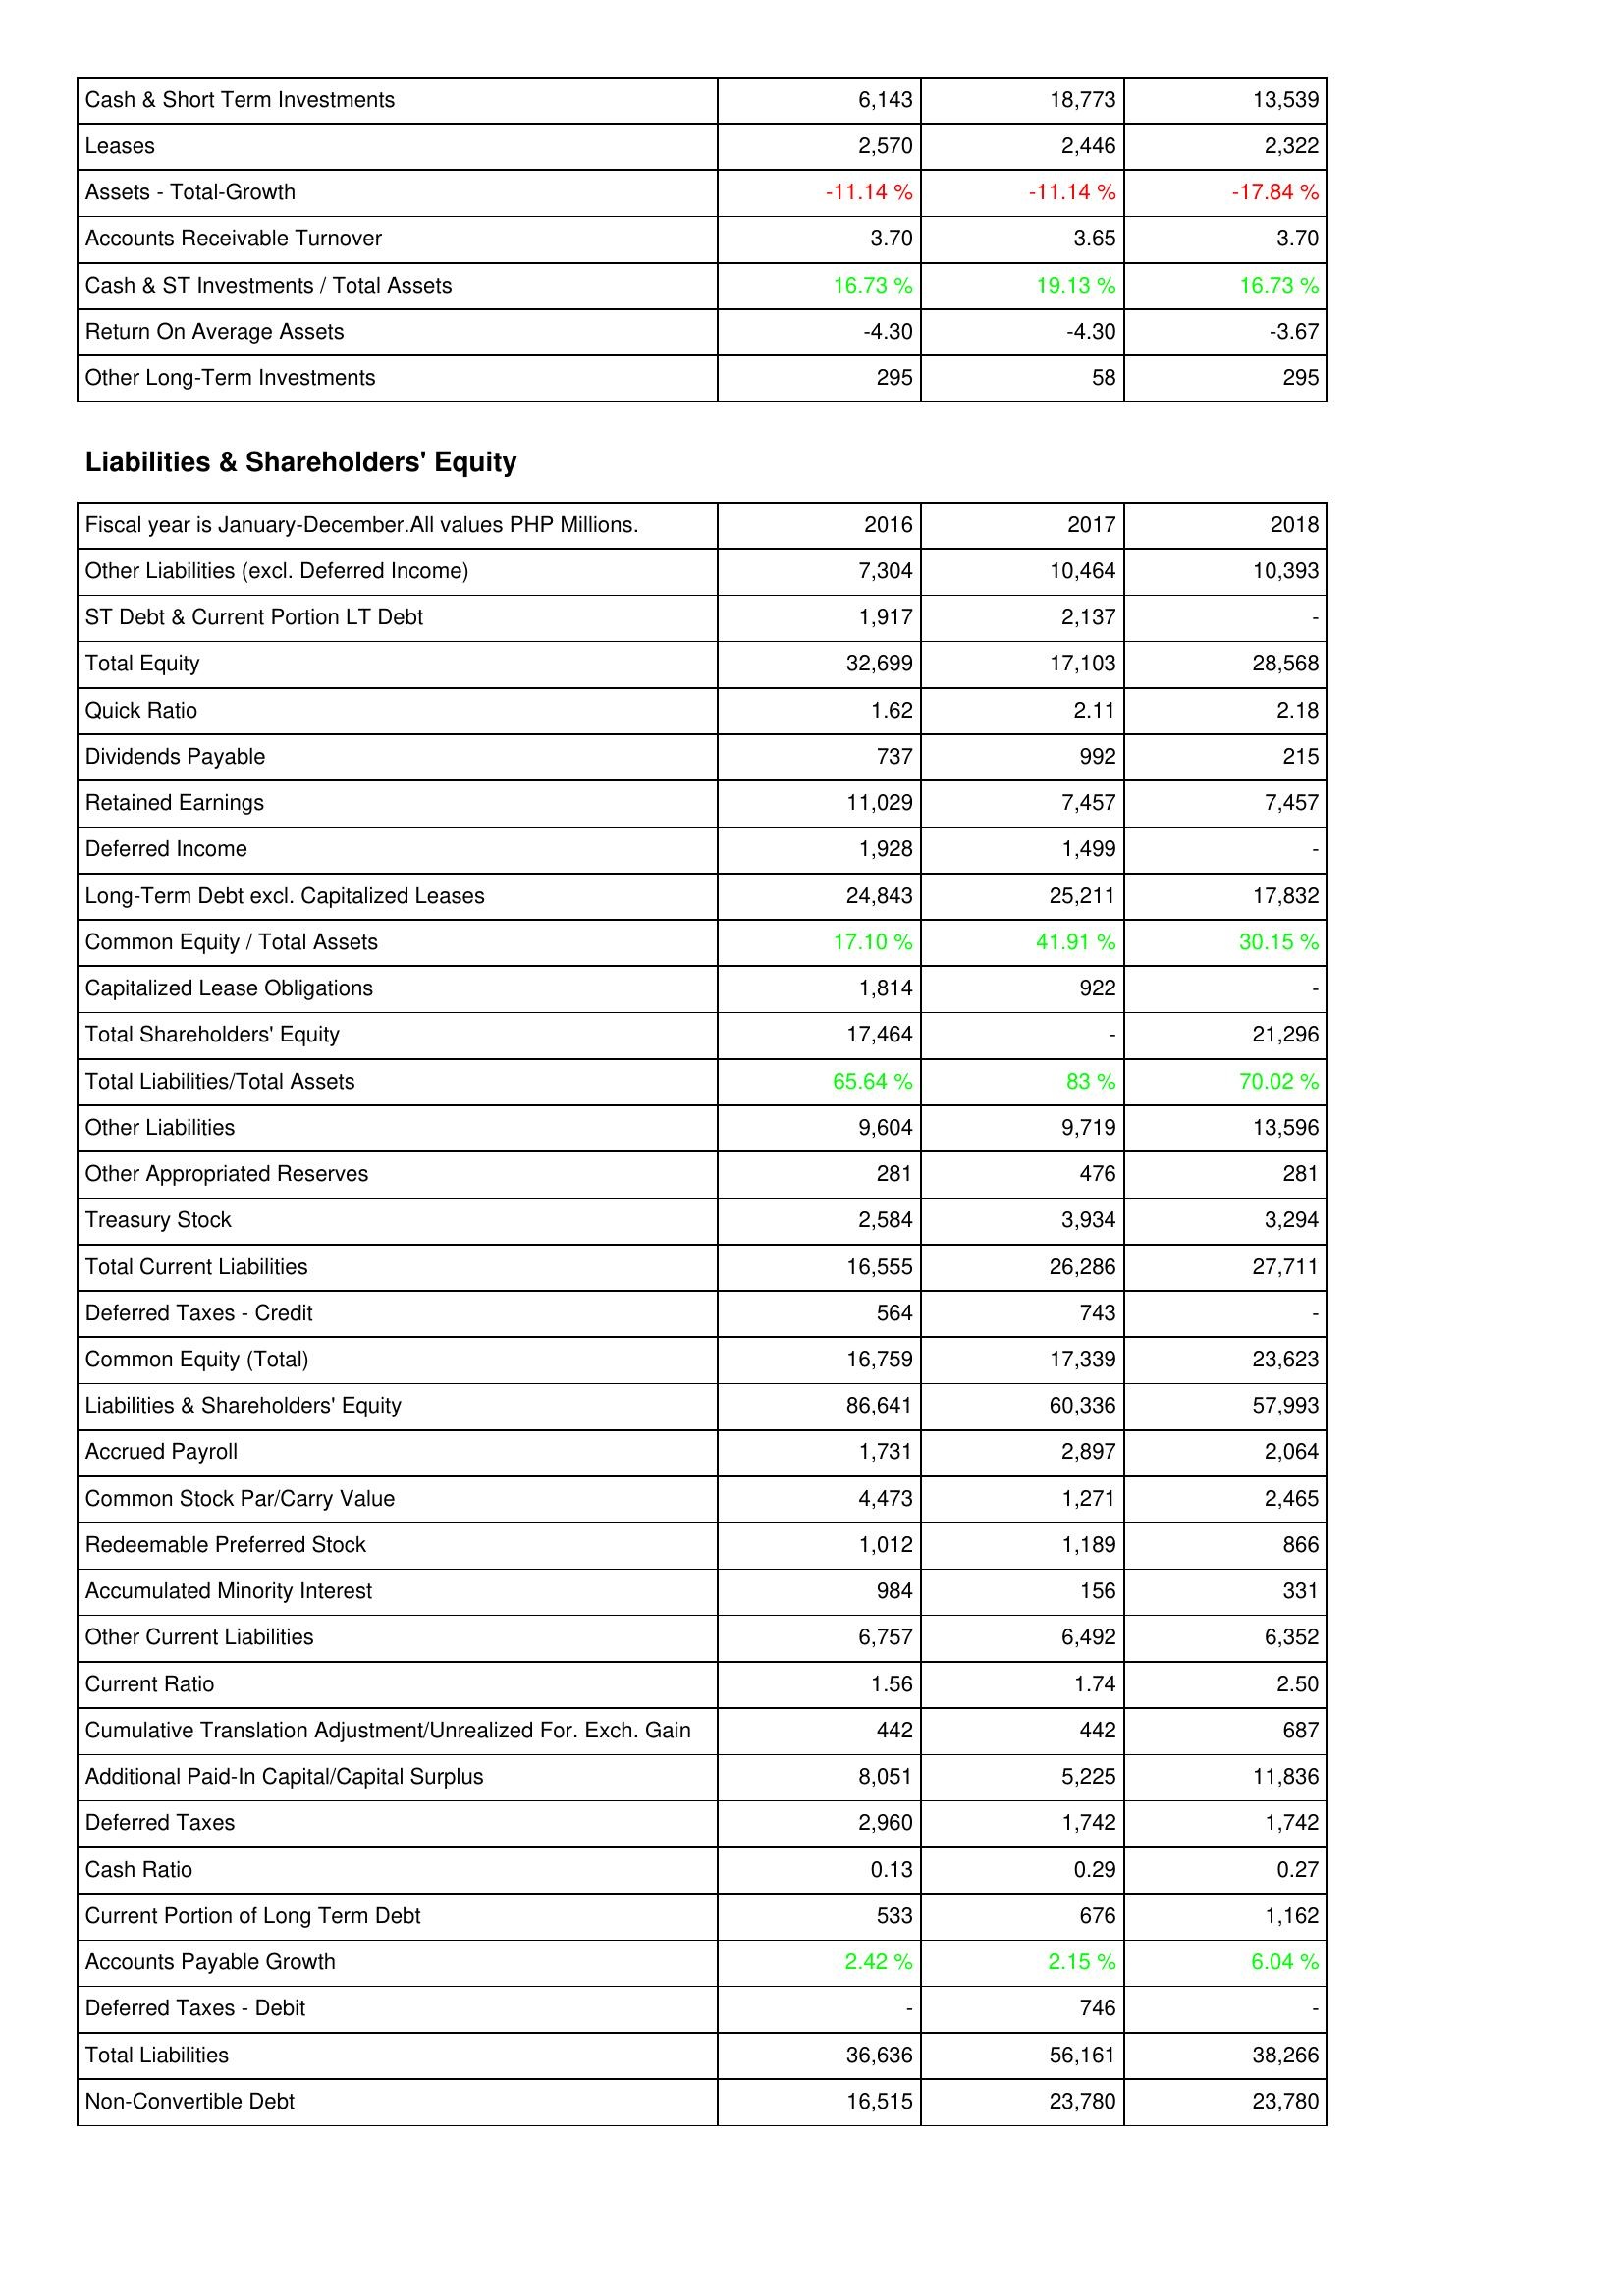
2016: Assets: Cash & Short Term Investments: 6,143
Leases: 2,570
Assets - Total-Growth: -11.14 %
Accounts Receivable Turnover: 3.70
Cash & ST Investments / Total Assets: 16.73 %
Return On Average Assets: -4.30
Other Long-Term Investments: 295
Liabilities & Shareholders' Equity: Other Liabilities (excl. Deferred Income): 7,304
ST Debt & Current Portion LT Debt: 1,917
Total Equity: 32,699
Quick Ratio: 1.62
Dividends Payable: 737
Retained Earnings: 11,029
Deferred Income: 1,928
Long-Term Debt excl. Capitalized Leases: 24,843
Common Equity / Total Assets: 17.10 %
Capitalized Lease Obligations: 1,814
Total Shareholders' Equity: 17,464
Total Liabilities/Total Assets: 65.64 %
Other Liabilities: 9,604
Other Appropriated Reserves: 281
Treasury Stock: 2,584
Total Current Liabilities: 16,555
Deferred Taxes - Credit: 564
Common Equity (Total): 16,759
Liabilities & Shareholders' Equity: 86,641
Accrued Payroll: 1,731
Common Stock Par/Carry Value: 4,473
Redeemable Preferred Stock: 1,012
Accumulated Minority Interest: 984
Other Current Liabilities: 6,757
Current Ratio: 1.56
Cumulative Translation Adjustment/Unrealized For. Exch. Gain: 442
Additional Paid-In Capital/Capital Surplus: 8,051
Deferred Taxes: 2,960
Cash Ratio: 0.13
Current Portion of Long Term Debt: 533
Accounts Payable Growth: 2.42 %
Deferred Taxes - Debit: -
Total Liabilities: 36,636
Non-Convertible Debt: 16,515
2017: Assets: Cash & Short Term Investments: 18,773
Leases: 2,446
Assets - Total-Growth: -11.14 %
Accounts Receivable Turnover: 3.65
Cash & ST Investments / Total Assets: 19.13 %
Return On Average Assets: -4.30
Other Long-Term Investments: 58
Liabilities & Shareholders' Equity: Other Liabilities (excl. Deferred Income): 10,464
ST Debt & Current Portion LT Debt: 2,137
Total Equity: 17,103
Quick Ratio: 2.11
Dividends Payable: 992
Retained Earnings: 7,457
Deferred Income: 1,499
Long-Term Debt excl. Capitalized Leases: 25,211
Common Equity / Total Assets: 41.91 %
Capitalized Lease Obligations: 922
Total Shareholders' Equity: -
Total Liabilities/Total Assets: 83 %
Other Liabilities: 9,719
Other Appropriated Reserves: 476
Treasury Stock: 3,934
Total Current Liabilities: 26,286
Deferred Taxes - Credit: 743
Common Equity (Total): 17,339
Liabilities & Shareholders' Equity: 60,336
Accrued Payroll: 2,897
Common Stock Par/Carry Value: 1,271
Redeemable Preferred Stock: 1,189
Accumulated Minority Interest: 156
Other Current Liabilities: 6,492
Current Ratio: 1.74
Cumulative Translation Adjustment/Unrealized For. Exch. Gain: 442
Additional Paid-In Capital/Capital Surplus: 5,225
Deferred Taxes: 1,742
Cash Ratio: 0.29
Current Portion of Long Term Debt: 676
Accounts Payable Growth: 2.15 %
Deferred Taxes - Debit: 746
Total Liabilities: 56,161
Non-Convertible Debt: 23,780
2018: Assets: Cash & Short Term Investments: 13,539
Leases: 2,322
Assets - Total-Growth: -17.84 %
Accounts Receivable Turnover: 3.70
Cash & ST Investments / Total Assets: 16.73 %
Return On Average Assets: -3.67
Other Long-Term Investments: 295
Liabilities & Shareholders' Equity: Other Liabilities (excl. Deferred Income): 10,393
ST Debt & Current Portion LT Debt: -
Total Equity: 28,568
Quick Ratio: 2.18
Dividends Payable: 215
Retained Earnings: 7,457
Deferred Income: -
Long-Term Debt excl. Capitalized Leases: 17,832
Common Equity / Total Assets: 30.15 %
Capitalized Lease Obligations: -
Total Shareholders' Equity: 21,296
Total Liabilities/Total Assets: 70.02 %
Other Liabilities: 13,596
Other Appropriated Reserves: 281
Treasury Stock: 3,294
Total Current Liabilities: 27,711
Deferred Taxes - Credit: -
Common Equity (Total): 23,623
Liabilities & Shareholders' Equity: 57,993
Accrued Payroll: 2,064
Common Stock Par/Carry Value: 2,465
Redeemable Preferred Stock: 866
Accumulated Minority Interest: 331
Other Current Liabilities: 6,352
Current Ratio: 2.50
Cumulative Translation Adjustment/Unrealized For. Exch. Gain: 687
Additional Paid-In Capital/Capital Surplus: 11,836
Deferred Taxes: 1,742
Cash Ratio: 0.27
Current Portion of Long Term Debt: 1,162
Accounts Payable Growth: 6.04 %
Deferred Taxes - Debit: -
Total Liabilities: 38,266
Non-Convertible Debt: 23,780